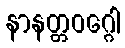
နာနတ္တဝဂ္ဂေါ